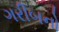
ગરીબનો